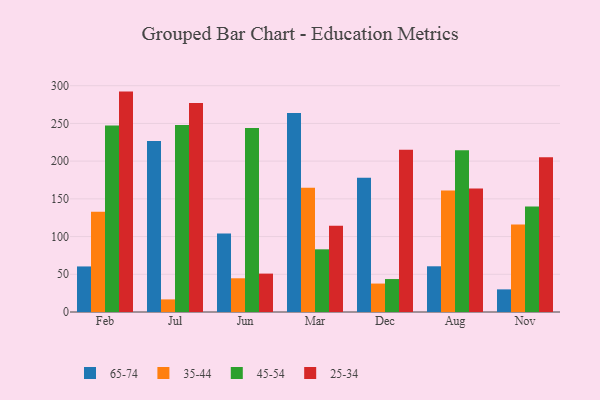
{"axis": {"x": "Month", "y": "Headcount"}, "legend": ["25-34", "35-44", "45-54", "65-74"], "data": [{"x": "Feb", "y": 60.4, "type": "65-74"}, {"x": "Feb", "y": 133.0, "type": "35-44"}, {"x": "Feb", "y": 247.2, "type": "45-54"}, {"x": "Feb", "y": 292.2, "type": "25-34"}, {"x": "Jul", "y": 226.8, "type": "65-74"}, {"x": "Jul", "y": 16.7, "type": "35-44"}, {"x": "Jul", "y": 247.8, "type": "45-54"}, {"x": "Jul", "y": 277.1, "type": "25-34"}, {"x": "Jun", "y": 104.2, "type": "65-74"}, {"x": "Jun", "y": 44.7, "type": "35-44"}, {"x": "Jun", "y": 244.1, "type": "45-54"}, {"x": "Jun", "y": 50.9, "type": "25-34"}, {"x": "Mar", "y": 263.9, "type": "65-74"}, {"x": "Mar", "y": 164.6, "type": "35-44"}, {"x": "Mar", "y": 83.1, "type": "45-54"}, {"x": "Mar", "y": 114.5, "type": "25-34"}, {"x": "Dec", "y": 177.9, "type": "65-74"}, {"x": "Dec", "y": 37.7, "type": "35-44"}, {"x": "Dec", "y": 43.7, "type": "45-54"}, {"x": "Dec", "y": 215.2, "type": "25-34"}, {"x": "Aug", "y": 60.6, "type": "65-74"}, {"x": "Aug", "y": 161.2, "type": "35-44"}, {"x": "Aug", "y": 214.6, "type": "45-54"}, {"x": "Aug", "y": 163.6, "type": "25-34"}, {"x": "Nov", "y": 30.0, "type": "65-74"}, {"x": "Nov", "y": 116.1, "type": "35-44"}, {"x": "Nov", "y": 139.9, "type": "45-54"}, {"x": "Nov", "y": 205.2, "type": "25-34"}]}